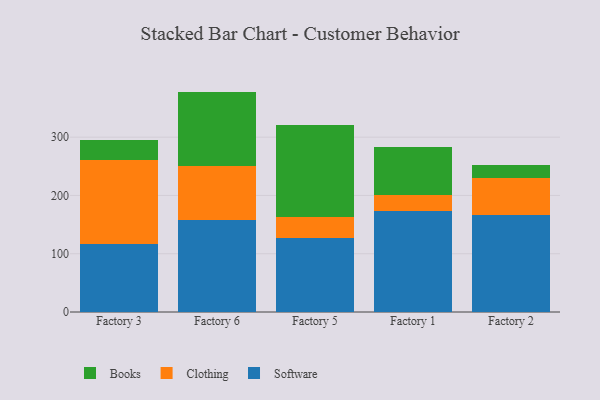
{"axis": {"x": "Factory", "y": "Headcount"}, "legend": ["Books", "Clothing", "Software"], "data": [{"x": "Factory 3", "y": 117.2, "type": "Software"}, {"x": "Factory 3", "y": 143.9, "type": "Clothing"}, {"x": "Factory 3", "y": 34.0, "type": "Books"}, {"x": "Factory 6", "y": 158.7, "type": "Software"}, {"x": "Factory 6", "y": 91.8, "type": "Clothing"}, {"x": "Factory 6", "y": 127.7, "type": "Books"}, {"x": "Factory 5", "y": 127.6, "type": "Software"}, {"x": "Factory 5", "y": 34.6, "type": "Clothing"}, {"x": "Factory 5", "y": 157.9, "type": "Books"}, {"x": "Factory 1", "y": 172.5, "type": "Software"}, {"x": "Factory 1", "y": 28.8, "type": "Clothing"}, {"x": "Factory 1", "y": 81.5, "type": "Books"}, {"x": "Factory 2", "y": 166.0, "type": "Software"}, {"x": "Factory 2", "y": 63.6, "type": "Clothing"}, {"x": "Factory 2", "y": 23.0, "type": "Books"}]}